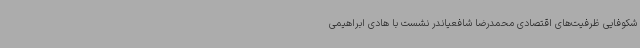
شکوفایی ظرفیت‌های اقتصادی محمدرضا شافعیاندر نشست با هادی ابراهیمی